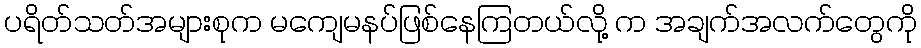
ပရိတ်သတ်အများစုက မကျေမနပ်ဖြစ်နေကြတယ်လို့ က အချက်အလက်တွေကို